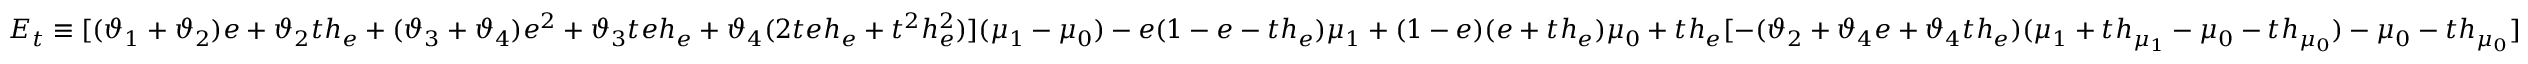
E _ { t } \equiv [ ( \vartheta _ { 1 } + \vartheta _ { 2 } ) e + \vartheta _ { 2 } t h _ { e } + ( \vartheta _ { 3 } + \vartheta _ { 4 } ) e ^ { 2 } + \vartheta _ { 3 } t e h _ { e } + \vartheta _ { 4 } ( 2 t e h _ { e } + t ^ { 2 } h _ { e } ^ { 2 } ) ] ( \mu _ { 1 } - \mu _ { 0 } ) - { e ( 1 - e - t h _ { e } ) \mu _ { 1 } } + ( 1 - e ) ( e + t h _ { e } ) \mu _ { 0 } + t h _ { e } [ - ( \vartheta _ { 2 } + \vartheta _ { 4 } e + \vartheta _ { 4 } t h _ { e } ) ( \mu _ { 1 } + t h _ { \mu _ { 1 } } - \mu _ { 0 } - t h _ { \mu _ { 0 } } ) - \mu _ { 0 } - t h _ { \mu _ { 0 } } ]